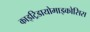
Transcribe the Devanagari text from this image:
काइट्रिडायोमाइकोसिस